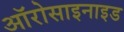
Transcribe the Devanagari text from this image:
ऑरोसाइनाइड